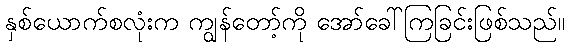
နှစ်ယောက်စလုံးက ကျွန်တော့်ကို အော်ခေါ်ကြခြင်းဖြစ်သည်။